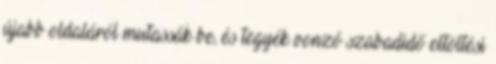
újabb oldaláról mutassák be, és tegyék vonzó szabadidő eltöltési